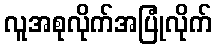
လူအစုလိုက်အပြုံလိုက်